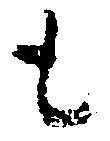
も